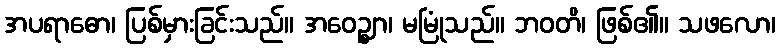
အပရာဓော၊ ပြစ်မှားခြင်းသည်။ အဝေဉ္ဈာ၊ မမြုံသည်။ ဘဝတိ၊ ဖြစ်၏။ သဖလော၊